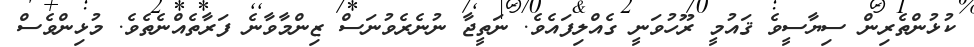
ކުޅުންތެރިން ސިޔާސީވެ ޤައުމީ ރޫހުވަނީ ގެއްލިފައެވެ. ނަތީޖާ ނުނެރެވުނަސް ޒިންމާވާނެ ފަރާތެއްނެތެވެ. މުޅިންވެސް